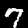
Digit: 7